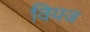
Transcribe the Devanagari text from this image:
वियज